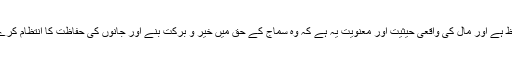
کسى شئى کى تحفظ کے معنى اس کى حيثيت اور معنويت کا تحفظ ہے اور مال کى واقعى حيثيت اور معنويت يہ ہے کہ وہ سماج کے حق ميں خير و برکت بنے اور جانوں کى حفاظت کا انتظام کرے نہ يہ کہ خود رہ جائے اور سماج کو تباہى کے گھاٹ اتار دے۔